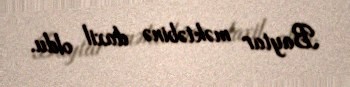
Baytar məktəbinə daxil oldu.